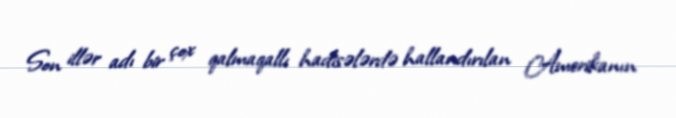
Son illər adı bir çox qalmaqallı hadisələrdə hallandırılan Amerikanın